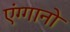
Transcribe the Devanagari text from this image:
एंग्गानो